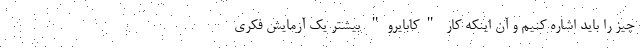
چیز را باید اشاره کنیم و آن اینکه کار "کابایرو" بیشتر یک آزمایش فکری